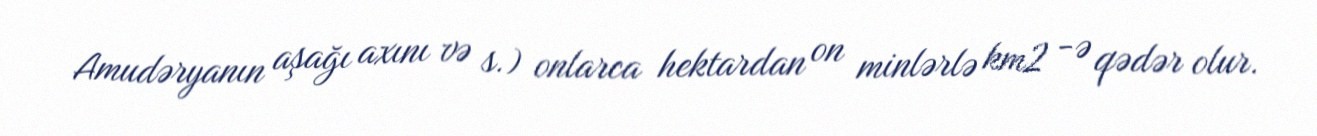
Amudəryanın aşağı axını və s.) onlarca hektardan on minlərlə km2 -ə qədər olur.